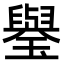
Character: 𤪐